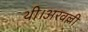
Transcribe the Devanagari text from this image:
थी।अरवल्ली